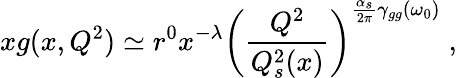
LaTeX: xg(x,Q^{2})\simeq r^{0}x^{-\lambda}\left({\frac{Q^{2}}{Q_{s}^{2}(x)}}\right)^{{\frac{\alpha_{s}}{2\pi}}\gamma_{gg}(\omega_{0})}\; ,